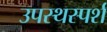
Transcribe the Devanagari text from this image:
उपस्थस्पर्श